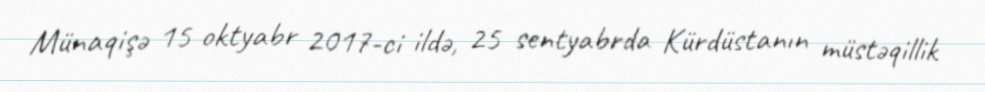
Münaqişə 15 oktyabr 2017-ci ildə, 25 sentyabrda Kürdüstanın müstəqillik